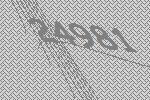
24981